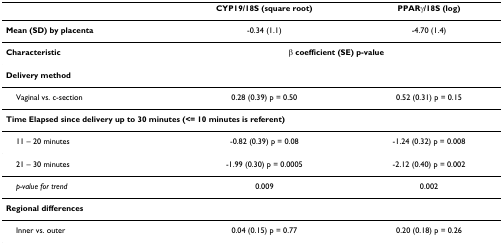
<table><thead><tr><td></td><td><b>CYP19/18S (square root)</b></td><td><b>PPARγ/18S (log)</b></td></tr></thead><tbody><tr><td><b>Mean (SD) by placenta</b></td><td>-0.34 (1.1)</td><td>-4.70 (1.4)</td></tr><tr><td><b>Characteristic</b></td><td colspan="2">β <b>coefficient (SE) p-value</b></td></tr><tr><td colspan="3"><b>Delivery method</b></td></tr><tr><td> Vaginal vs. c-section</td><td>0.28 (0.39) p = 0.50</td><td>0.52 (0.31) p = 0.15</td></tr><tr><td colspan="3"><b>Time Elapsed since delivery up to 30 minutes (&lt;= 10 minutes is referent)</b></td></tr><tr><td> 11 – 20 minutes</td><td>-0.82 (0.39) p = 0.08</td><td>-1.24 (0.32) p = 0.008</td></tr><tr><td> 21 – 30 minutes</td><td>-1.99 (0.30) p = 0.0005</td><td>-2.12 (0.40) p = 0.002</td></tr><tr><td> <i>p-value for trend</i></td><td>0.009</td><td>0.002</td></tr><tr><td colspan="3"><b>Regional differences</b></td></tr><tr><td> Inner vs. outer</td><td>0.04 (0.15) p = 0.77</td><td>0.20 (0.18) p = 0.26</td></tr></tbody></table>